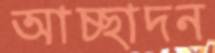
আচ্ছাদন